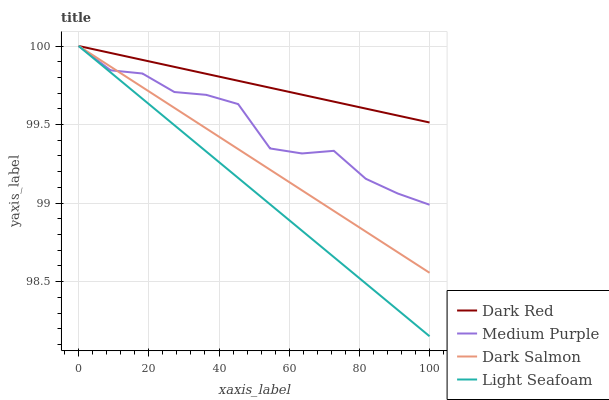
| xaxis_label | Dark Red | Medium Purple | Dark Salmon | Light Seafoam |
 | --- | --- | --- | --- | --- |
 | 0 | 100 | 100 | 100 | 100 |
 | 9.09 | 100 | 99.8 | 99.9 | 99.8 |
 | 18.2 | 99.9 | 99.8 | 99.7 | 99.7 |
 | 27.3 | 99.9 | 99.7 | 99.6 | 99.5 |
 | 36.4 | 99.8 | 99.7 | 99.5 | 99.3 |
 | 45.5 | 99.8 | 99.6 | 99.3 | 99.2 |
 | 54.5 | 99.7 | 99.3 | 99.2 | 99 |
 | 63.6 | 99.7 | 99.3 | 99.1 | 98.8 |
 | 72.7 | 99.6 | 99.3 | 99 | 98.7 |
 | 81.8 | 99.6 | 99.2 | 98.8 | 98.5 |
 | 90.9 | 99.6 | 99.1 | 98.7 | 98.3 |
 | 100 | 99.5 | 99 | 98.6 | 98.2 |